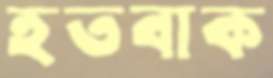
হতবাক